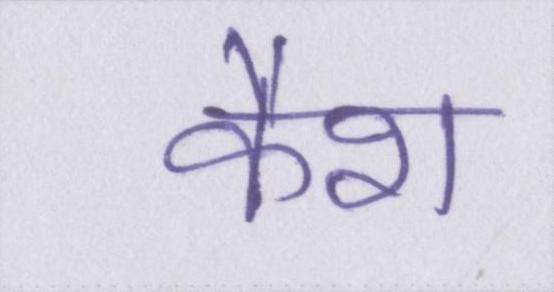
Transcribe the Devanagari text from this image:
कैश